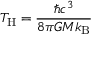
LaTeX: T _ { \mathrm { H } } = { \frac { \hbar c ^ { 3 } } { 8 \pi G M k _ { \mathrm { B } } } }